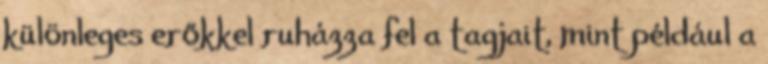
különleges erőkkel ruházza fel a tagjait, mint például a